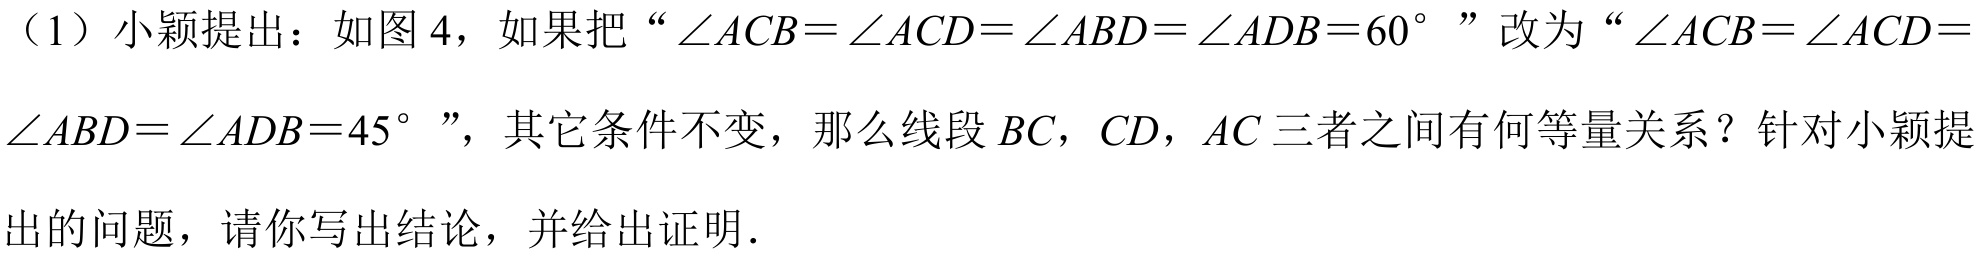
（1）小颖提出：如图 4，如果把“\(\angle ACB=\angle ACD=\angle ABD=\angle ADB = 60^{\circ}\)”改为“\(\angle ACB=\angle ACD=\)
\(\angle ABD=\angle ADB = 45^{\circ}\)”，其它条件不变，那么线段 \(BC\)，\(CD\)，\(AC\) 三者之间有何等量关系？针对小颖提
出的问题，请你写出结论，并给出证明．